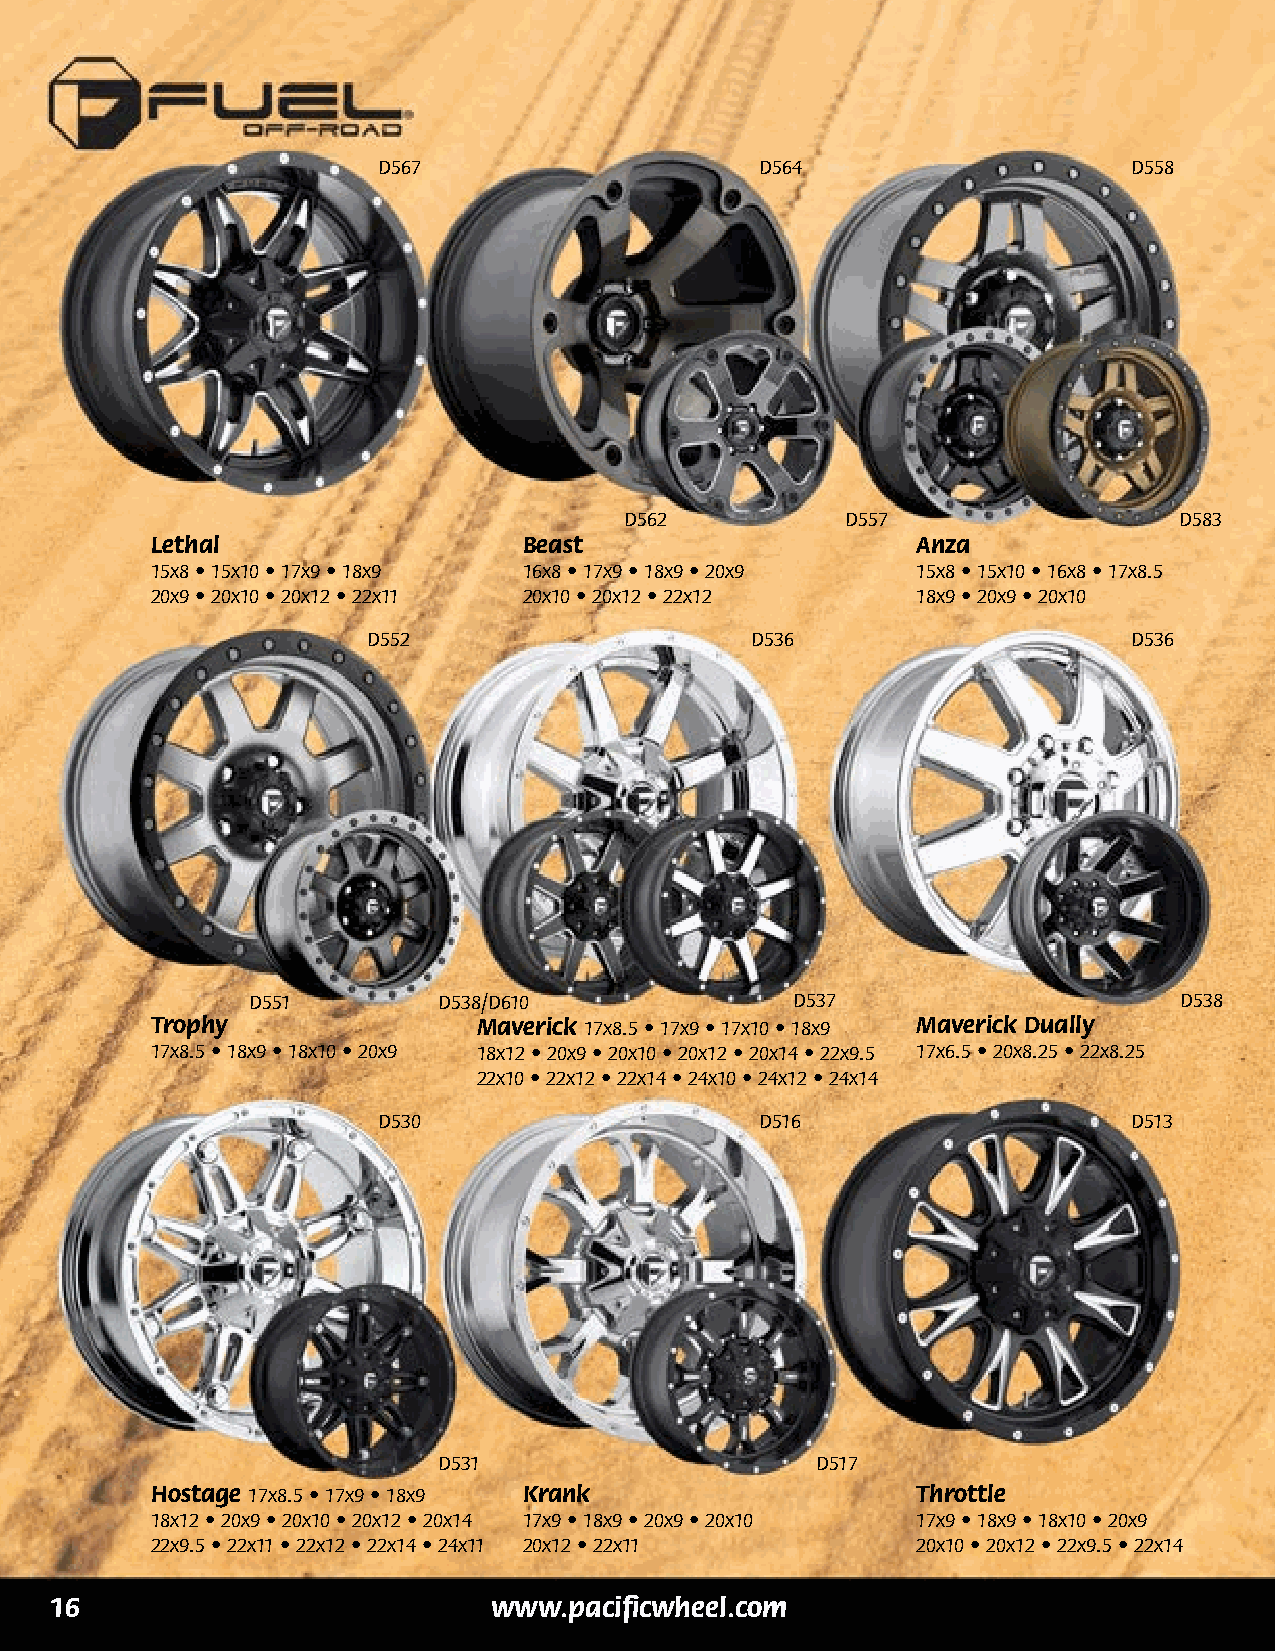
D567                     D564                     D558
 D562           D557                  D583
 Lethal                   Beast                     Anza
 15x8 • 15x10 • 17x9 • 18x9 16x8 • 17x9 • 18x9 • 20x9 15x8 • 15x10 • 16x8 • 17x8.5
 20x9 • 20x10 • 20x12 • 22x11 20x10 • 20x12 • 22x12 18x9 • 20x9 • 20x10
 D552                      D536                     D536
 D551         D538/D610              D537                      D538
 Trophy                Maverick 17x8.5 • 17x9 • 17x10 • 18x9 Maverick Dually
 17x8.5 • 18x9 • 18x10 • 20x9 18x12 • 20x9 • 20x10 • 20x12 • 20x14 • 22x9.5 17x6.5 • 20x8.25 • 22x8.25
 22x10 • 22x12 • 22x14 • 24x10 • 24x12 • 24x14
 D530                     D516                     D513
 D531                     D517
 Hostage 17x8.5 • 17x9 • 18x9 Krank                 Throttle
 18x12 • 20x9 • 20x10 • 20x12 • 20x14 17x9 • 18x9 • 20x9 • 20x10 17x9 • 18x9 • 18x10 • 20x9
 22x9.5 • 22x11 • 22x12 • 22x14 • 24x11 20x12 • 22x11 20x10 • 20x12 • 22x9.5 • 22x14
 16                            www.pacificwheel.com